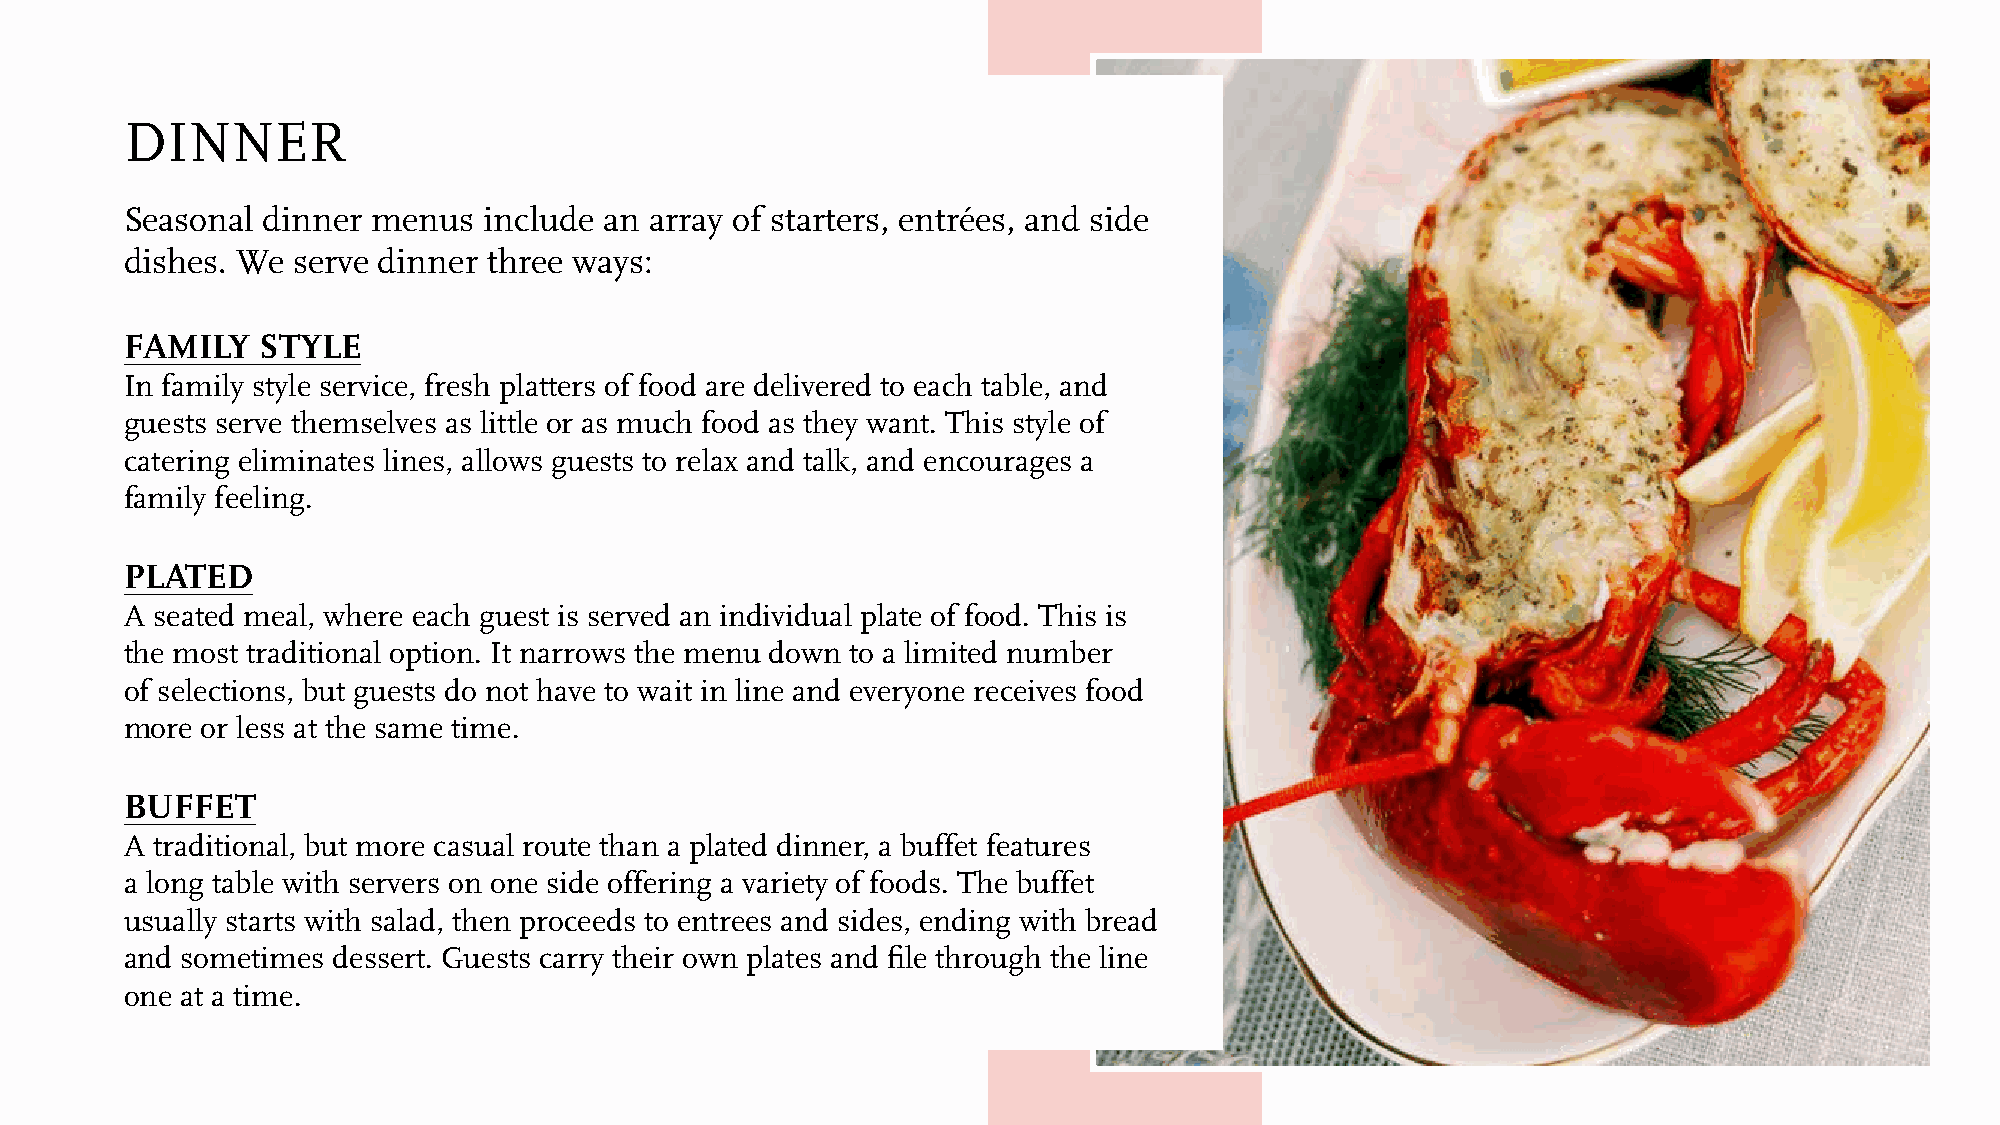
DINNER
 Seasonal dinner  menus  include an array of starters, entrées, and side
 dishes. We serve dinner three ways:
 FAMILY   STYLE
 In family style service, fresh platters of food are delivered to each table, and
 guests serve themselves as little or as much food as they want. This style of
 catering eliminates lines, allows guests to relax and talk, and encourages a
 family feeling.
 PLATED
 A seated meal, where each guest is served an individual plate of food. This is
 the most traditional option. It narrows the menu down to a limited number
 of selections, but guests do not have to wait in line and everyone receives food
 more or less at the same time.
 BUFFET
 A traditional, but more casual route than a plated dinner, a buffet features
 a long table with servers on one side offering a variety of foods. The buffet
 usually starts with salad, then proceeds to entrees and sides, ending with bread
 and sometimes dessert. Guests carry their own plates and file through the line
 one at a time.